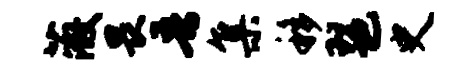
薇畏吾集移琶史